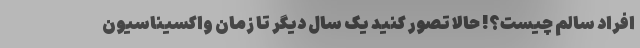
افراد سالم چیست؟! حالا تصور کنید یک سال دیگر تا زمان واکسیناسیون